Vaccination Hyderabad 1872-1889 - 1872-1889
Year: 1872
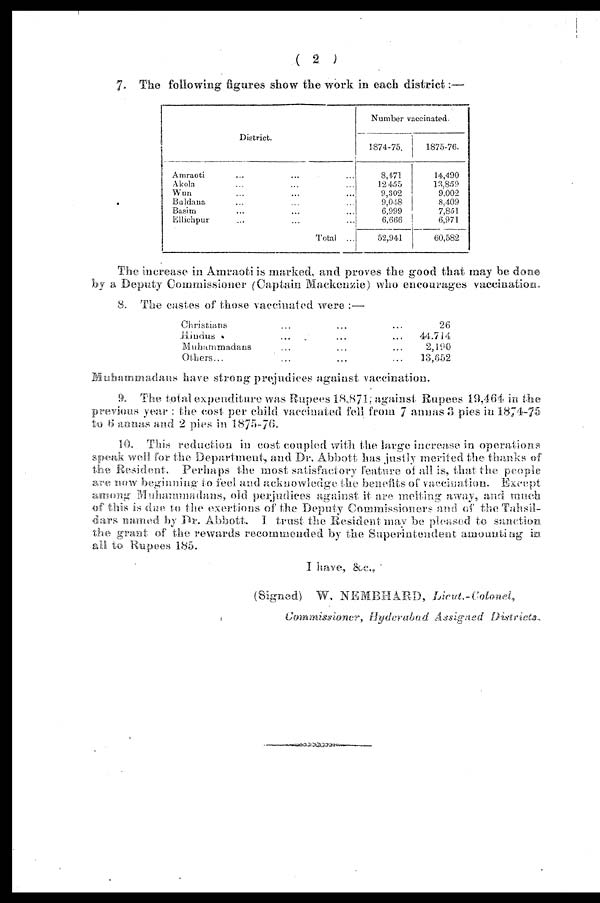
( 2 )
7. The following figures show the work in each district:—
District.
Amraoti ... ... ...
Akola ... ... ...
Wun ... ... ...
Buldana ... ... ...
Basim ... ... ...
Ellichpur ... ... ...
Total ...
Number vaccinated.
1874-75.
8,471
12,455
9,302
9,048
6,999
6,666
52,941
1875-76.
14,490
13,859
9,002
8,409
7,851
6,971
60,582
The increase in Amraoti is marked, and proves the good that may be done
by a Deputy Commissioner (Captain Mackenzie) who encourages vaccination.
8. The castes of those vaccinated were :—
Christians ... ... ...
Hindus ... ... ...
Muhammadans ... ... ...
Others... ... ...
26
44,714
2,190
13,652
Muhammadans have strong prejudices against vaccination.
9. The total expenditure was Rupees 18,871, against Rupees 19,464 in the
previous year : the cost per child vaccinated fell from 7 annas 3 pies in 1874-75
to 6 annas and 2 pies in 1875-76.
10. This reduction in cost coupled with the large increase in operations
speak well for the Department, and Dr. Abbott has justly merited the thanks of
the Resident. Perhaps the most satisfactory feature of all is, that the people
are now beginning to feel and acknowledge the benefits of vaccination. Except
among Muhammadans, old perjudices against it are melting away, and much
of this is due to the exertions of the Deputy Commissioners and of the Tahsil-
dars named by Dr. Abbott. I trust the Resident may be pleased to sanction
the grant of the rewards recommended by the Superintendent amounting i n
all to Rupees 185.
I have, &c.,
(Signed) W, NEMBHARD,
Lieut.-Colonel,
Commissioner, Hyderabad Assigned
Districts.